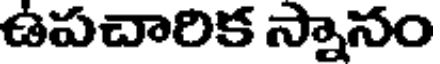
ఉపచారిక స్నానం